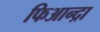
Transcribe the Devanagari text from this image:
फिआन्द्रा